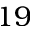
1 9